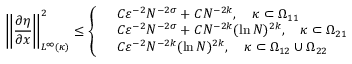
\left\Vert \frac { \partial \eta } { \partial x } \right\Vert _ { L ^ { \infty } ( \kappa ) } ^ { 2 } \le \left\{ \begin{array} { r l } & { C \varepsilon ^ { - 2 } N ^ { - 2 \sigma } + C N ^ { - 2 k } , \quad \kappa \subset \Omega _ { 1 1 } } \\ & { C \varepsilon ^ { - 2 } N ^ { - 2 \sigma } + C N ^ { - 2 k } ( \ln N ) ^ { 2 k } , \quad \kappa \subset \Omega _ { 2 1 } } \\ & { C \varepsilon ^ { - 2 } N ^ { - 2 k } ( \ln N ) ^ { 2 k } , \quad \kappa \subset \Omega _ { 1 2 } \cup \Omega _ { 2 2 } } \end{array} \right.